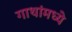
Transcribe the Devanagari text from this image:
गाथांमध्ये